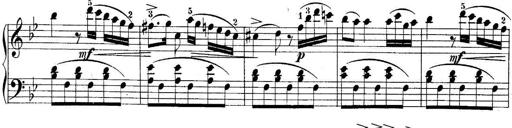
Title: 10 Sonatines progressives
Composer: Anton Schmoll